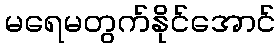
မရေမတွက်နိုင်အောင်